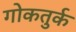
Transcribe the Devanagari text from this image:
गोकतुर्क